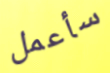
سأعمل